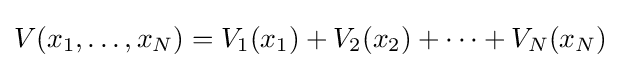
V(x_{1},\dots ,x_{N})=V_{1}(x_{1})+V_{2}(x_{2})+\cdots +V_{N}(x_{N})